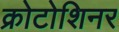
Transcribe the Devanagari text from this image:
क्रोटोशिनर